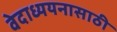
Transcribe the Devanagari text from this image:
वेदाध्ययनासाठी